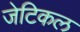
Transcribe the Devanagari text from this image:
जेटिकल